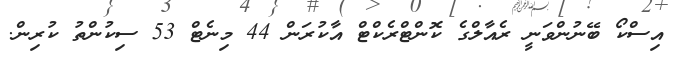
އިސްކޯ ބޭނުންވަނީ ރެއާލްގެ ކޮންޓްރެކްޓް އާކުރަން 44 މިނެޓް 53 ސިކުންތު ކުރިން.